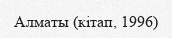
Алматы (кітап, 1996)